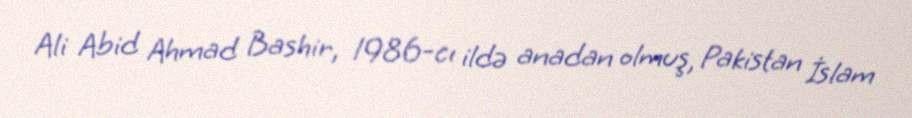
Ali Abid Ahmad Bashir, 1986-cı ildə anadan olmuş, Pakistan İslam